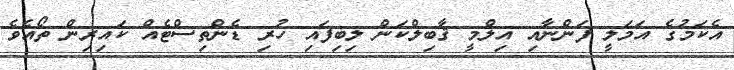
އެކަމުގެ އަމަލީ ފަންނާއި އިލްމީ ޤާބިލްކަން ލިބިފައި ހުރި ޑެންތިސްޓެއް ކައިރިން ތޯއެވެ